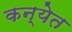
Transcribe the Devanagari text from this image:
कन्येत